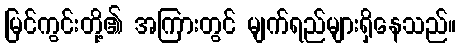
မြင်ကွင်းတို့၏ အကြားတွင် မျက်ရည်များရှိနေသည်။